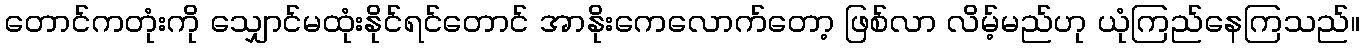
တောင်ကတုံးကို သျှောင်မထုံးနိုင်ရင်တောင် အာနိုးကေလောက်တော့ ဖြစ်လာ လိမ့်မည်ဟု ယုံကြည်နေကြသည်။